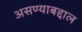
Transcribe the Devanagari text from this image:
असण्याबद्दाल